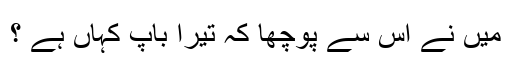
میں نے اس سے پوچھا کہ تیرا باپ کہاں ہے ؟